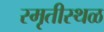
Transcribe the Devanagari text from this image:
स्मृतीस्थळ